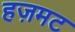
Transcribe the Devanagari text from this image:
हज़मट